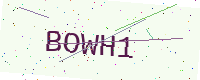
Text: BOWH1